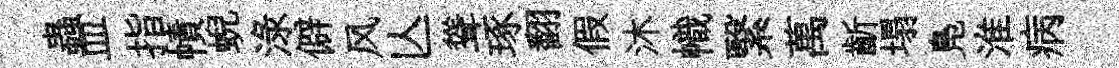
蟲皿指幘蜺渌僻风亾聳琢翻假沐幟繄萬齗塌鳬淮病